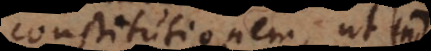
constitutionem, ut inde